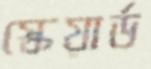
স্কেয়ার্ড